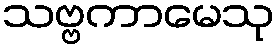
သဗ္ဗကာမေသု